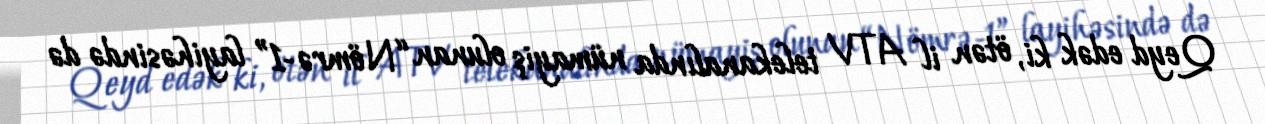
Qeyd edək ki, ötən il ATV telekanalında nümayiş olunan “Nömrə-1” layihəsində də